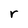
Character: r